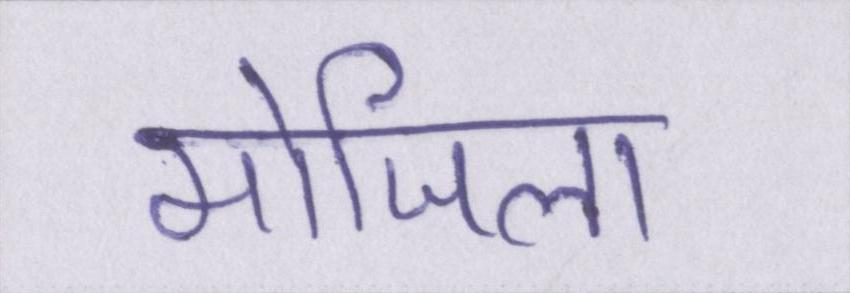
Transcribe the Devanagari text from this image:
मोजिला